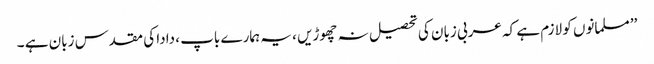
’’مسلمانوں کو لازم ہے کہ عربی زبان کی تحصیل نہ چھوڑیں ، یہ ہمارے باپ ، دادا کی مقدس زبان ہے ۔